Civil Veterinary Department Bihar reports 1936-40 - 1936-1940
Year: 1936
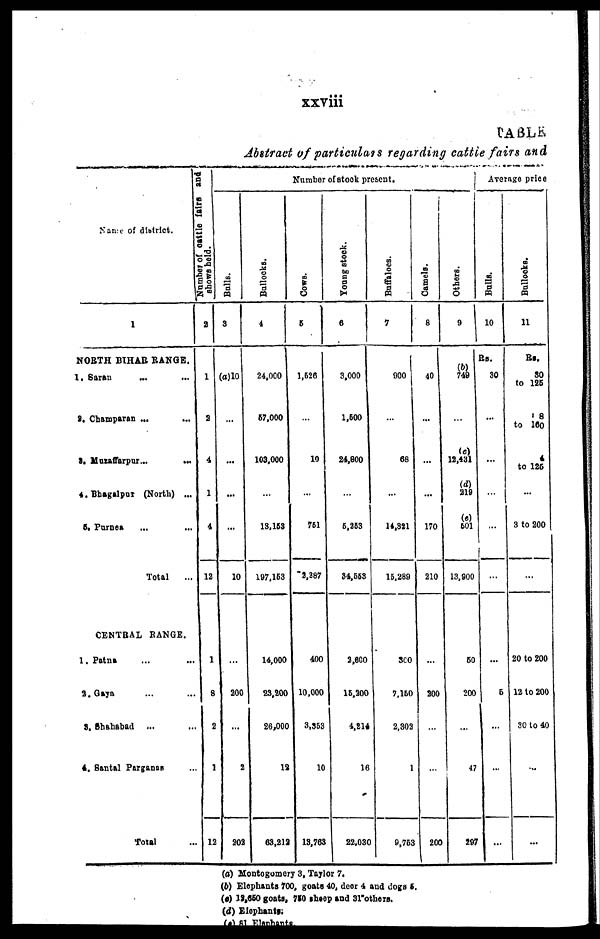
xxviii
TABLE
Abstract of particulars regarding cattle fairs and
Name of district.
1
NORTH BIHAR RANGE.
1. Saran
... ...
2. Champaran ... ...
3. Muzaffarpur...
...
4.Bhagalpur (North) ...
5. Purnea ... ...
Total
...
CENTRAL RANGE.
1. Patna ... ...
2.Gaya ... ...
3. Shahabad ... ...
4. Santal Parganas ...
Total ...
Number of cattle fairs and
shows held.
2
1
2
4
1
4
12
1
8
2
1
12
Number of stock present.
Bulls.
3
(a)10
...
...
...
...
10
...
200
...
2
202
Bullocks.
4
24,000
57,000
103,000
...
13,153
197,153
14,000
23,200
26,000
13
63,212
Cows.
6
1,626
...
10
...
751
2,287
400
10,000
3,353
10
13,763
Young stock.
6
3,000
1,500
24,800
...
5,253
34,553
2,600
15,200
4,214
16
22.030
Buffaloes.
7
900
...
68
...
14,321
15,289
300
7,150
2,302
1
9,763
Camels.
8
40
...
...
...
170
210
...
200
...
...
200
Average price
Others.
9
(b)
749
...
(c)
12,431
(d)
219
(c)
501
13,900
50
200
...
47
297
Bulls.
10
Rs.
30
...
...
...
...
...
...
5
...
...
...
Bullocks.
11
Rs.
30
to 125
18
to 160
4
to 125
...
3 to 200
...
20 to 200
12 to 200
30 to 40
...
...
(a) Montogomery 3, Taylor 7.
(b) Elephants 700, goats 40, deer 4 and dogs 5.
(c) 12,650 goats, 750 sheep and 31"others.
(d) Elephants.